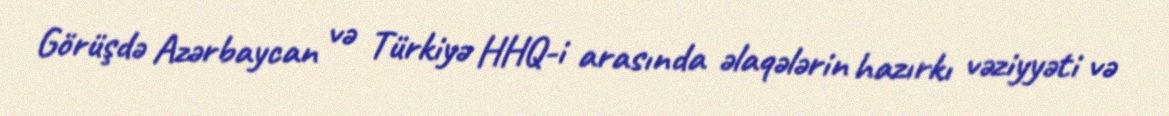
Görüşdə Azərbaycan və Türkiyə HHQ-i arasında əlaqələrin hazırkı vəziyyəti və